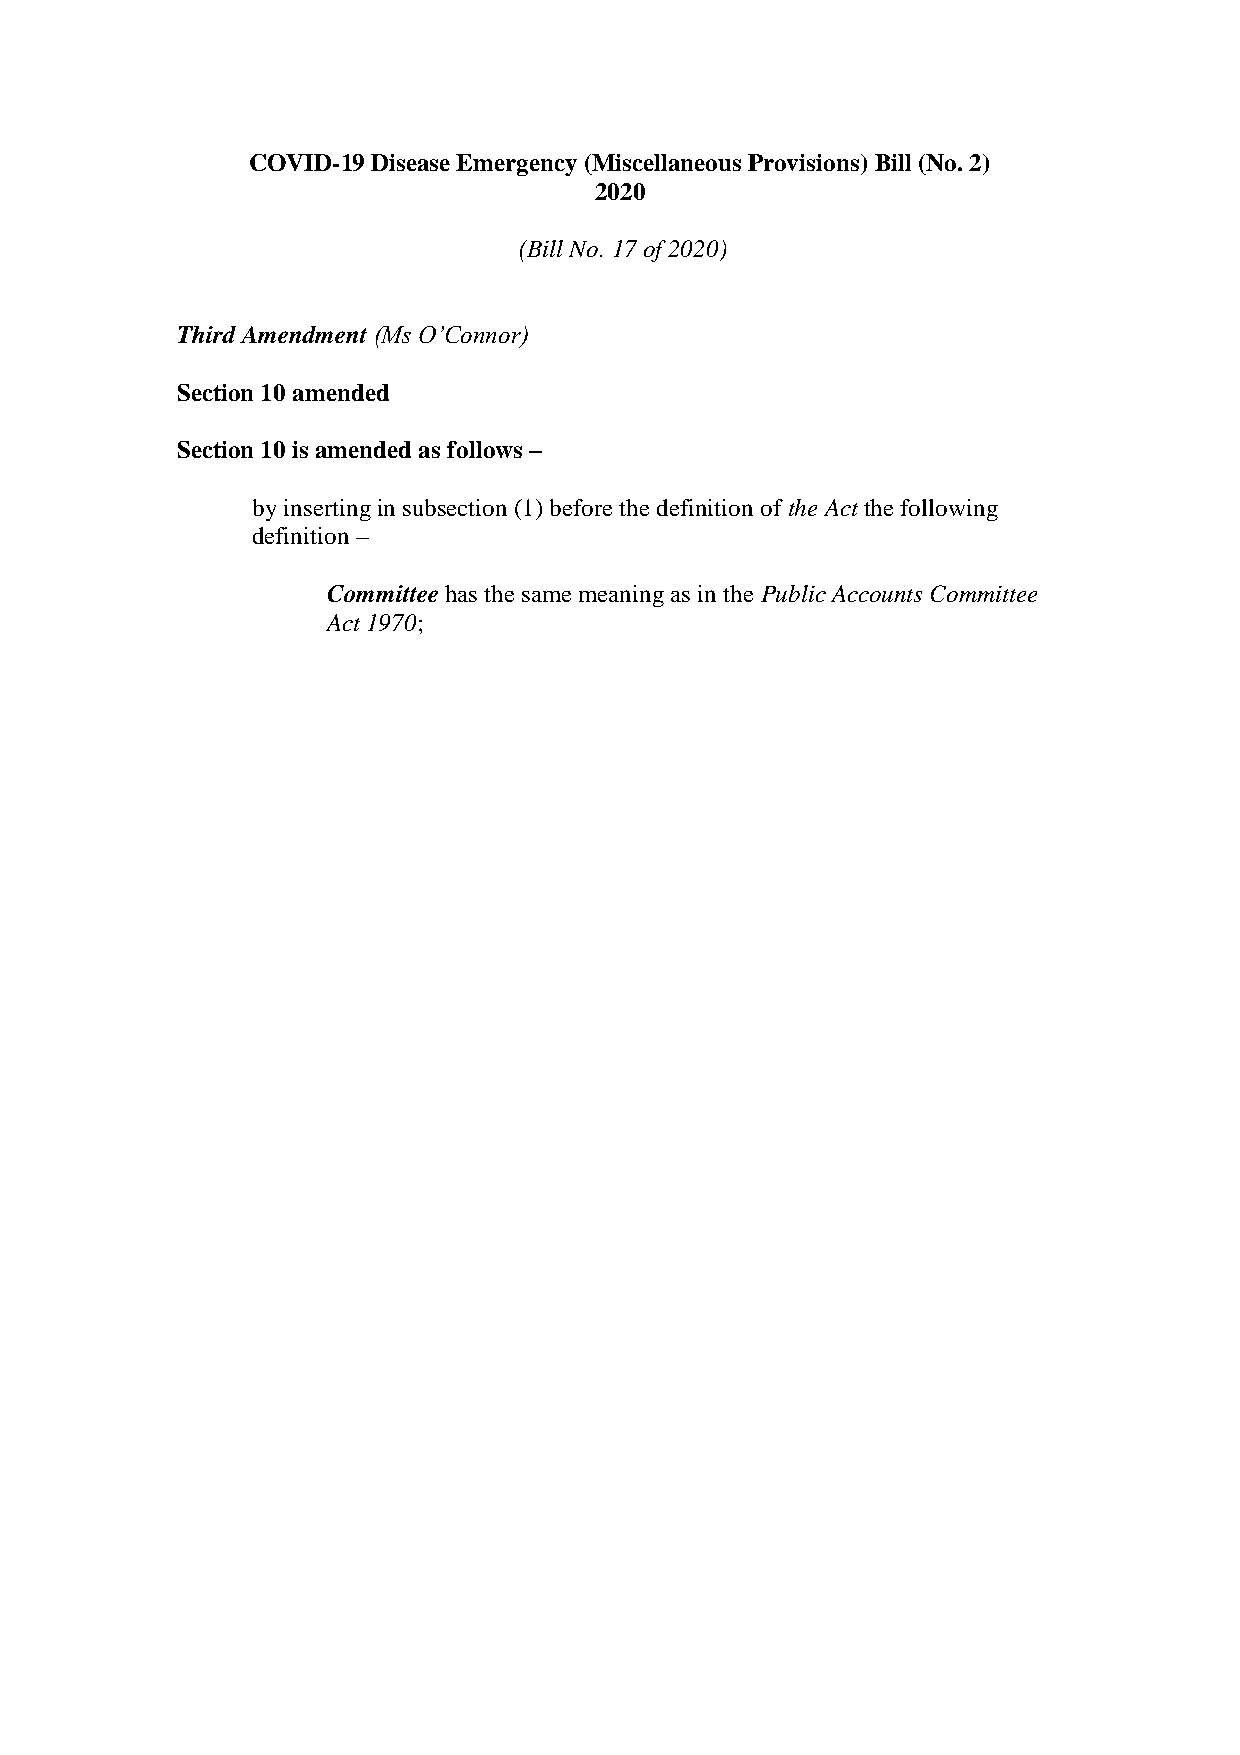
COVID-19 Disease Emergency (Miscellaneous Provisions) Bill (No. 2)
 2020
 (Bill No. 17 of 2020)
 Third Amendment (Ms O’Connor)
 Section 10 amended
 Section 10 is amended as follows –
 by inserting in subsection (1) before the definition of the Act the following
 definition –
 Committee has the same meaning as in the Public Accounts Committee
 Act 1970;